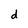
Character: d